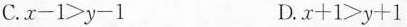
C.$$x - 1 > y - 1$$ D.$$x + 1 > y + 1$$